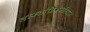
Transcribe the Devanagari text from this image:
लोकतांत्रिकअभियान